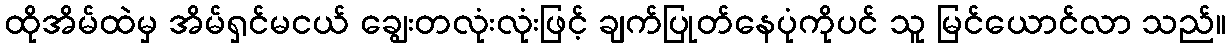
ထိုအိမ်ထဲမှ အိမ်ရှင်မငယ် ချွေးတလုံးလုံးဖြင့် ချက်ပြုတ်နေပုံကိုပင် သူ မြင်ယောင်လာ သည်။